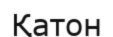
Қатон